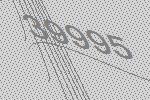
39995